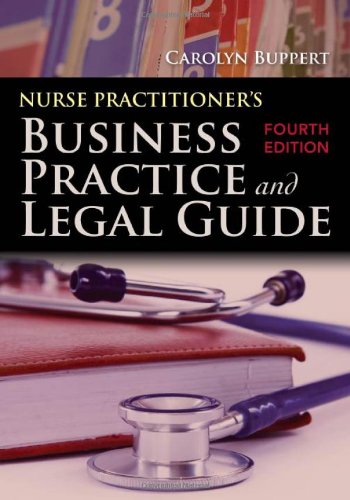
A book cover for Nurse Practitioner's Business Practice And Legal Guide (Buppert, Nurse Practitioner's Business Practice and Legal Gu); Carolyn Buppert; Medical Books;